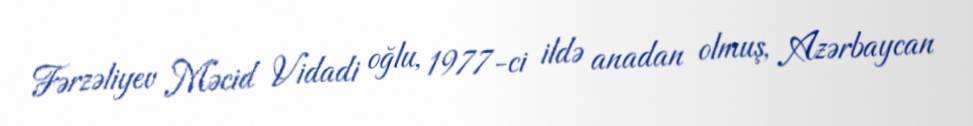
Fərzəliyev Məcid Vidadi oğlu, 1977-ci ildə anadan olmuş, Azərbaycan